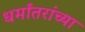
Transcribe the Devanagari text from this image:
धर्मांतरांच्या